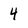
Character: 4